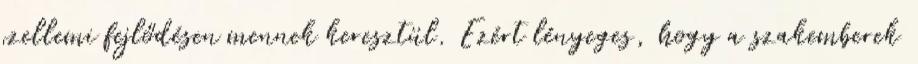
szellemi fejlődésen mennek keresztül. Ezért lényeges, hogy a szakemberek